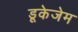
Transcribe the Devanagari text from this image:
डूकेजेम